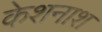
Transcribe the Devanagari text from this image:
केशनाश